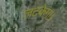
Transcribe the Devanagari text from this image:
लटकेगा।